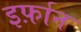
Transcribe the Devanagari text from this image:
इर्फ़ान